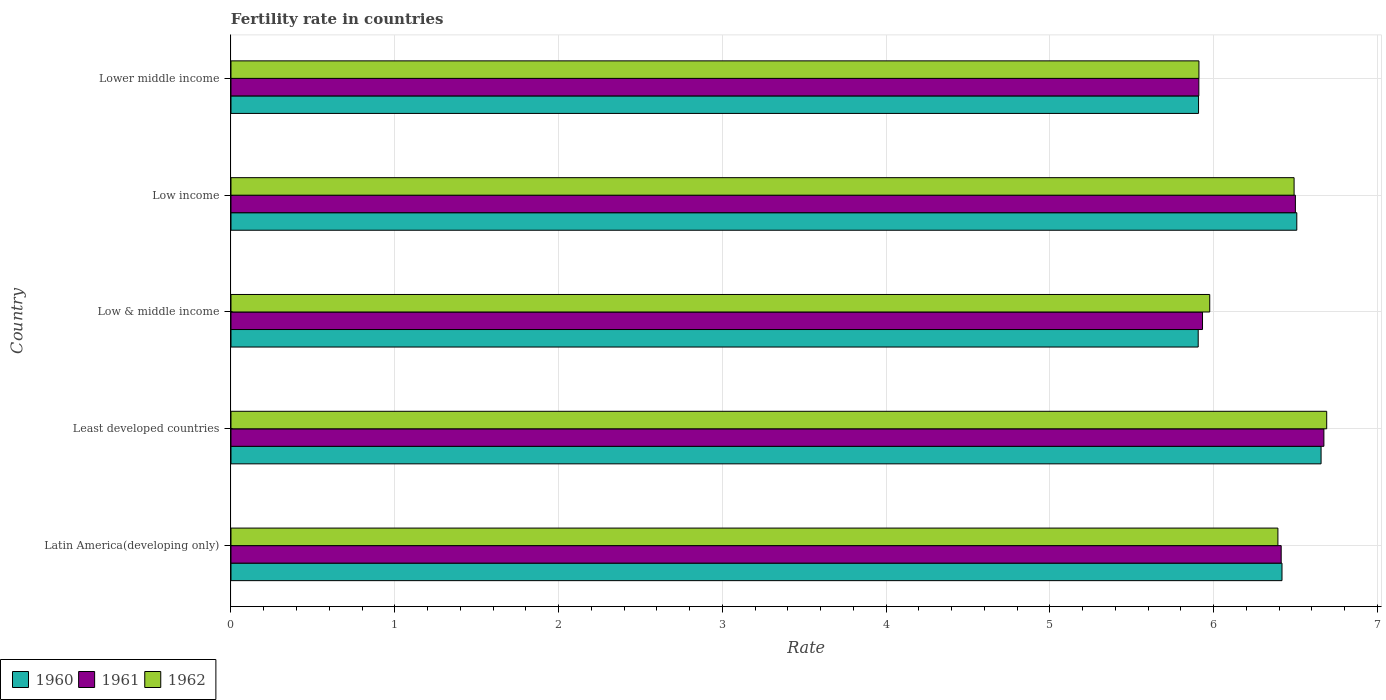
| Country | 1960 | 1961 | 1962 |
 | --- | --- | --- | --- |
 | Latin America(developing only) | 6.42 | 6.41 | 6.39 |
 | Least developed countries | 6.66 | 6.67 | 6.69 |
 | Low & middle income | 5.91 | 5.93 | 5.98 |
 | Low income | 6.51 | 6.5 | 6.49 |
 | Lower middle income | 5.91 | 5.91 | 5.91 |